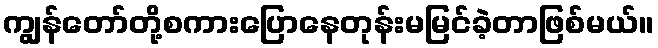
ကျွန်တော်တို့စကားပြောနေတုန်းမမြင်ခဲ့တာဖြစ်မယ်။